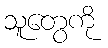
သူတွေကို